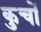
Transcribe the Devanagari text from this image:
कुचों